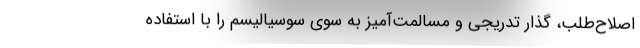
اصلاح‌طلب، گذار تدریجی و مسالمت‌آمیز به سوی سوسیالیسم را با استفاده